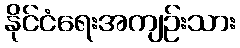
နိုင်ငံရေးအကျဉ်းသား